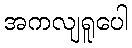
အကလျရူပေါ